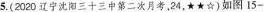
5 .(2020辽宁沈阳三十三中第二次月考，24，★★☆)如图15-